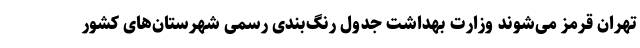
تهران قرمز می‌شوند وزارت بهداشت جدول رنگ‌بندی رسمی شهرستان‌های کشور